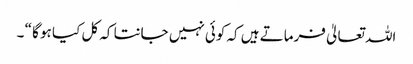
اللہ تعالیٰ فرماتے ہیں کہ کوئی نہیں جانتا کہ کل کیا ہو گا “ ۔